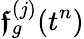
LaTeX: \boldsymbol{\mathfrak{f}}_{g}^{(j)}(t^{n})